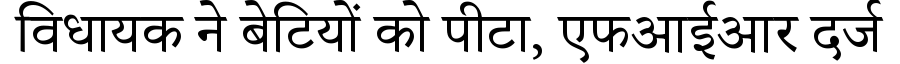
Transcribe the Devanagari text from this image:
विधायक ने बेटियों को पीटा, एफआईआर दर्ज